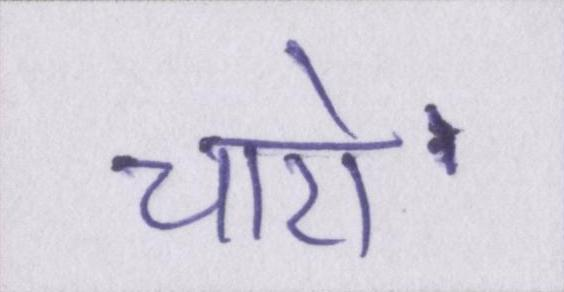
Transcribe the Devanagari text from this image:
चारो